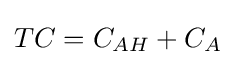
TC=C_{AH}+C_{A}